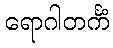
ရောဂါတင်္ကံ